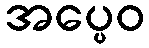
အပ္ပေဝ